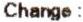
CHANGE :